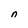
Character: n